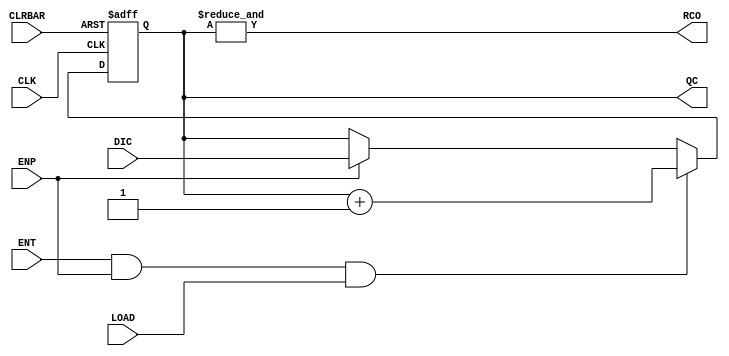
module bidirectional_counter_74161(DIC,LOAD,CLK,CLRBAR,RCO,ENT,ENP,QC);
    input wire [3:0] DIC; // Parallel data input
    input wire CLK; // CLock 
    input wire CLRBAR; // Clear counter
    input wire ENT; // Enable Trickle Input
    input wire ENP; // Enable Parallel Input
    input wire LOAD; // Load
    output reg [3:0] QC; // Parallel data output
    output RCO; // Ripple Carry Output
    
    assign RCO=&QC; // check if all bits == 1 
    initial begin
        QC<=0;     
    end
    always @(posedge CLK or negedge CLRBAR) begin
        if (~CLRBAR)
            QC<=0;
        else begin     
            if (ENT==1 && ENP == 1 && LOAD==1) // Count mode
                QC<=QC+4'b0001;
            else if (ENP==1) // Parallel output
                QC<=DIC;
            else if (ENT == 1) // Trickle output (Inhibit state)
                QC<=QC;
            
        end

    end
    

endmodule